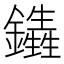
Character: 𨯏